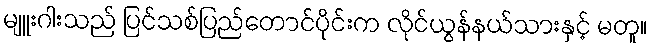
မျူးဂါးသည် ပြင်သစ်ပြည်တောင်ပိုင်းက လိုင်ယွန်နယ်သားနှင့် မတူ။